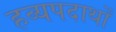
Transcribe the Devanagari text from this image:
हव्यपदार्थों